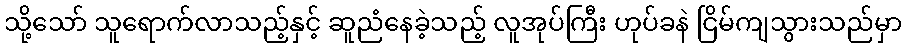
သို့သော် သူရောက်လာသည့်နှင့် ဆူညံနေခဲ့သည့် လူအုပ်ကြီး ဟုပ်ခနဲ ငြိမ်ကျသွားသည်မှာ